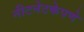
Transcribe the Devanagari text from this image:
नीटनेटकेपणे